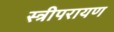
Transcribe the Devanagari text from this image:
स्त्रीपरायण